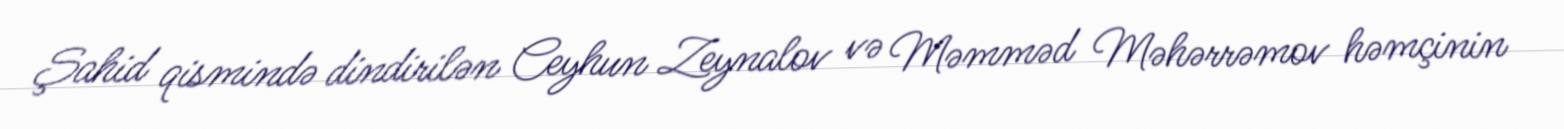
Şahid qismində dindirilən Ceyhun Zeynalov və Məmməd Məhərrəmov həmçinin